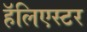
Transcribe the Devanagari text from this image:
हॅलिएस्टर